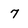
Character: 7